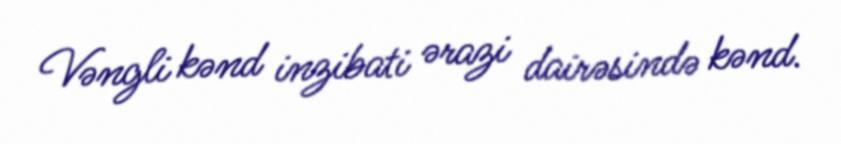
Vəngli kənd inzibati ərazi dairəsində kənd.